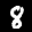
Label: 8